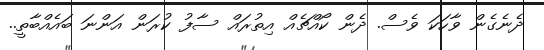
ދެނެގެން ވާހަކަ ވެސް. ދެން ކޯއްޗެއް އިތުރައް ސާފު ކުރަން އަންނަ ބައެއްބާތީ..